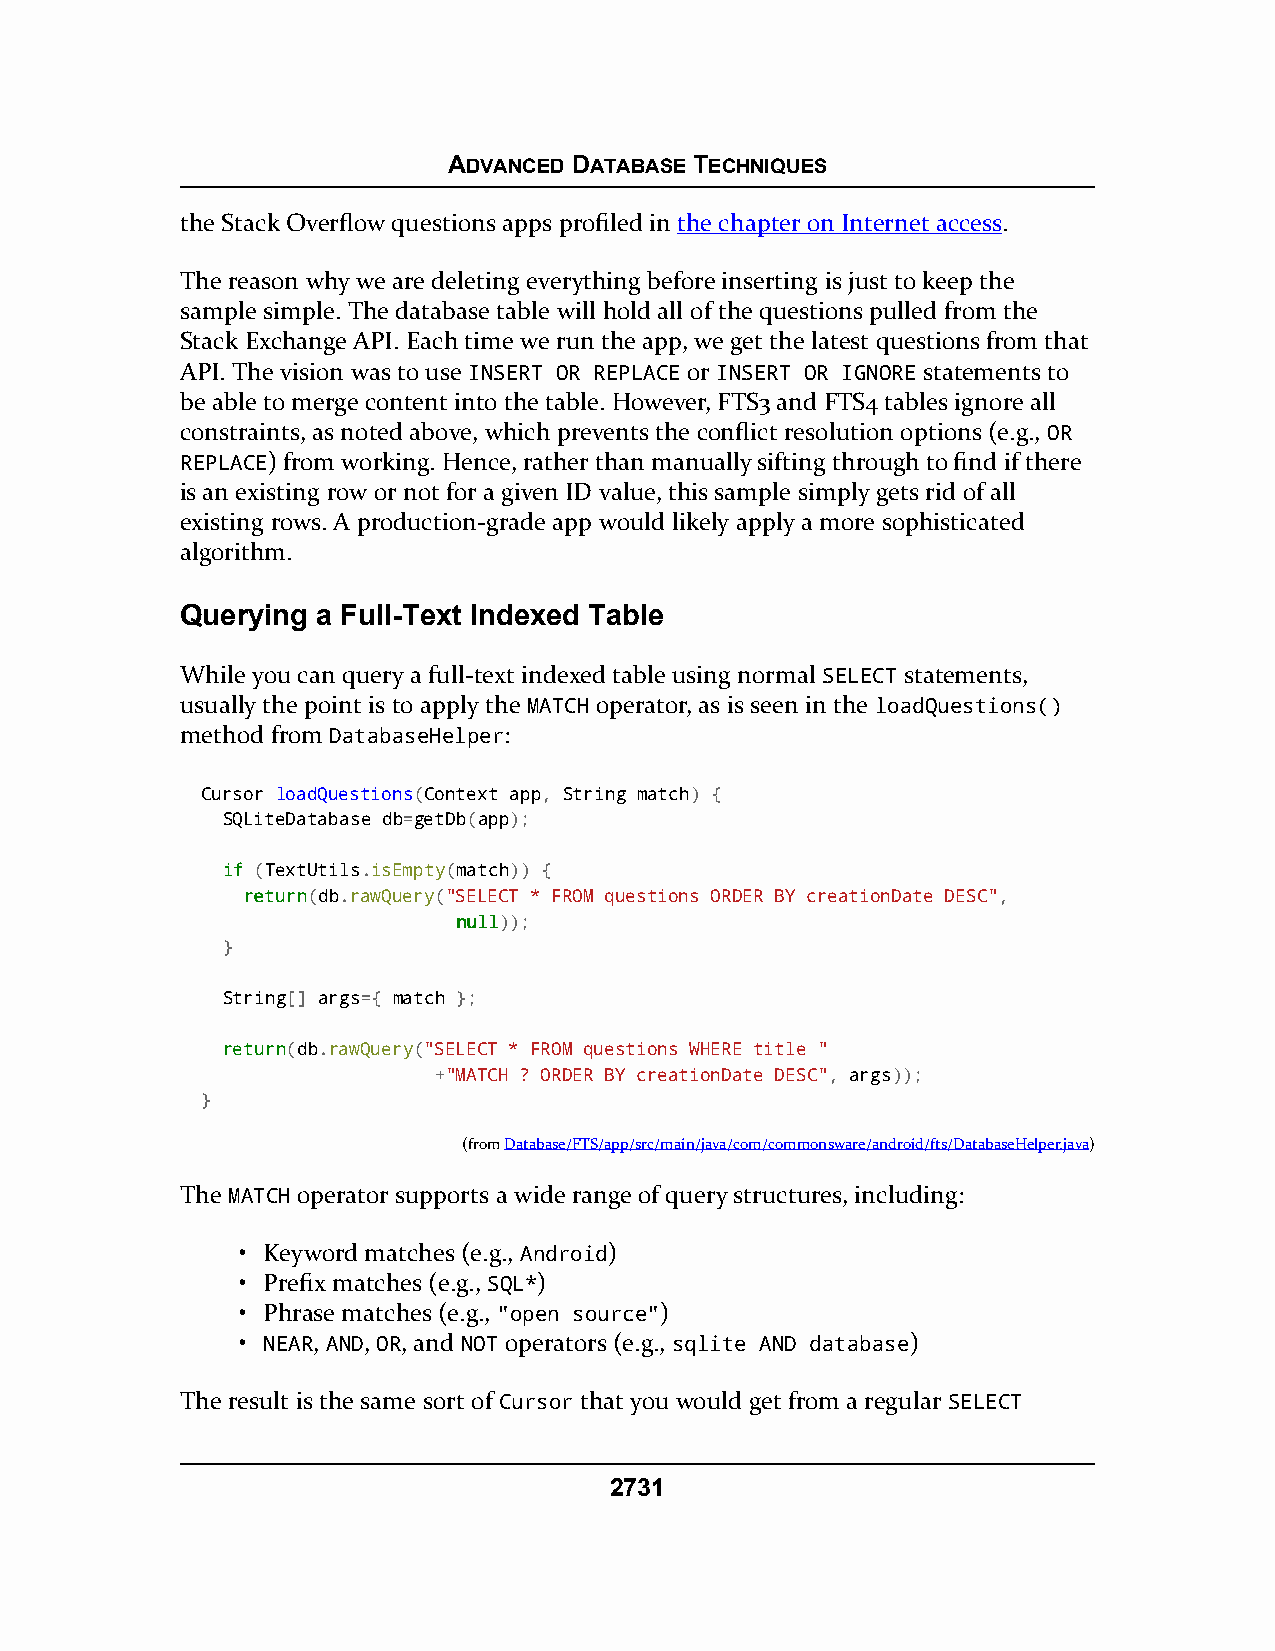
ADVANCED DATABASE TECHNIQUES
 the Stack Overflow questions apps profiled in the chapter on Internet access.
 The reason why we are deleting everything before inserting is just to keep the
 sample simple. The database table will hold all of the questions pulled from the
 Stack Exchange API. Each time we run the app, we get the latest questions from that
 API. The vision was to use INSERT OR REPLACE or INSERT OR IGNORE statements to
 be able to merge content into the table. However, FTS3 and FTS4 tables ignore all
 constraints, as noted above, which prevents the conflict resolution options (e.g., OR
 REPLACE) from working. Hence, rather than manually sifting through to find if there
 is an existing row or not for a given ID value, this sample simply gets rid of all
 existing rows. A production-grade app would likely apply a more sophisticated
 algorithm.
 Querying a Full-Text Indexed Table
 While you can query a full-text indexed table using normal SELECT statements,
 usually the point is to apply the MATCH operator, as is seen in the loadQuestions()
 method from DatabaseHelper:
 Cursor loadQuestions(Context app, String match) {
 SQLiteDatabase db=getDb(app);
 iiff (TextUtils.isEmpty(match)) {
 rreettuurrnn(db.rawQuery("SELECT * FROM questions ORDER BY creationDate DESC",
 nnuullll));
 }
 String[] args={ match };
 rreettuurrnn(db.rawQuery("SELECT * FROM questions WHERE title "
 +"MATCH ? ORDER BY creationDate DESC", args));
 }
 (fromDatabase/FTS/app/src/main/java/com/commonsware/android/fts/DatabaseHelper.java)
 The MATCH operator supports a wide range of query structures, including:
 • Keyword matches (e.g., Android)
 • Prefix matches (e.g., SQL*)
 • Phrase matches (e.g., "open source")
 • NEAR, AND, OR, and NOT operators (e.g., sqlite AND database)
 The result is the same sort of Cursor that you would get from a regular SELECT
 2731